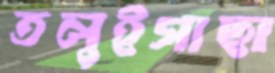
তলুইগাছা